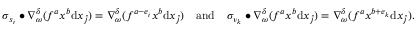
\sigma _ { s _ { i } } \bullet \nabla _ { \omega } ^ { \delta } ( f ^ { a } x ^ { b } \mathrm { d } x _ { \widehat { j } } ) = \nabla _ { \omega } ^ { \delta } ( f ^ { a - e _ { i } } x ^ { b } \mathrm { d } x _ { \widehat { j } } ) \quad \mathrm { a n d } \quad \sigma _ { \nu _ { k } } \bullet \nabla _ { \omega } ^ { \delta } ( f ^ { a } x ^ { b } \mathrm { d } x _ { \widehat { j } } ) = \nabla _ { \omega } ^ { \delta } ( f ^ { a } x ^ { b + e _ { k } } \mathrm { d } x _ { \widehat { j } } ) .